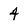
Character: 4